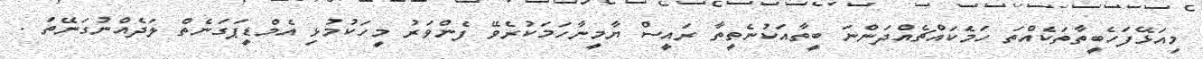
މިއަޅޭފަހެބީތާތަކެއްތަ ހަމަެކައްޗެއްދަންނަ ބީތާއަކުނެތީތާ ރައީސް ޔާމީނާހަމަކުރެވޭ ފެންވަރު މީހަކުމުޅި އެމްޑީޕަގަނެތް ލަދެއްނުގަނޭތަ .